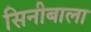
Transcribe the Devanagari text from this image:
सिनीबाला